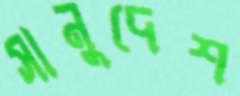
সানুদেশ